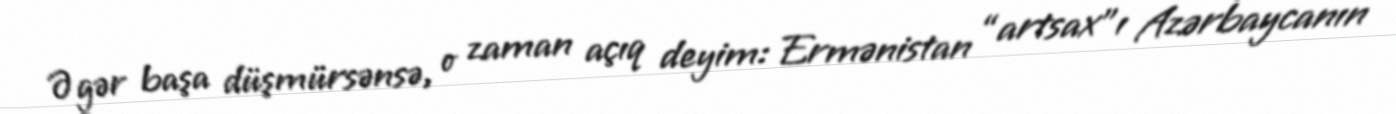
Əgər başa düşmürsənsə, o zaman açıq deyim: Ermənistan “artsax”ı Azərbaycanın